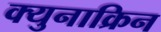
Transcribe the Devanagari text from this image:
क्युनाक्रिन